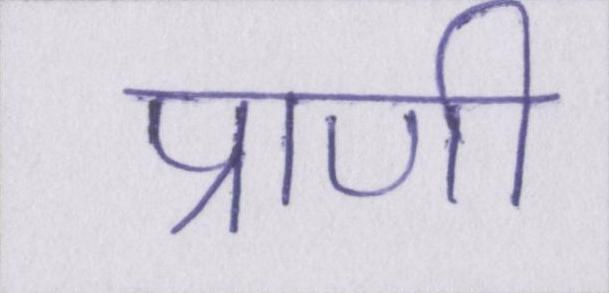
प्राणी